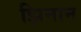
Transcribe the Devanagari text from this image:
झिनान